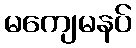
မကျေမနပ်